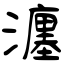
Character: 瀍